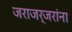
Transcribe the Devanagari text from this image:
जराजर्जरांना